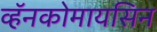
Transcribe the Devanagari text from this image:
व्हॅनकोमायसिन